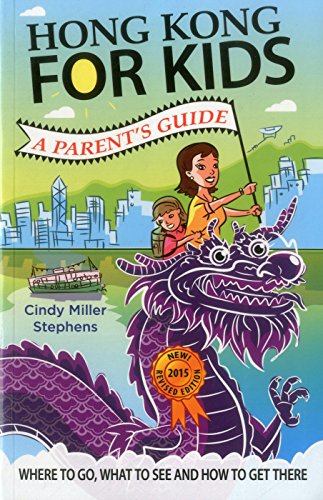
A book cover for Hong Kong for Kids: A Parent's Guide; Cindy Miller Stephens; Travel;